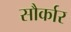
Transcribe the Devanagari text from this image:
सौर्कार